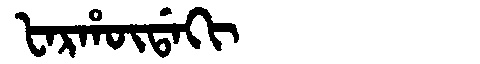
Manchu: ᡶᠠᡵᡥᡡᡩᠠᡴᡳ
Romanization: FARHŪDAKI